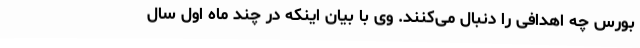
بورس چه اهدافی را دنبال می‌کنند. وی با بیان اینکه در چند ماه اول سال